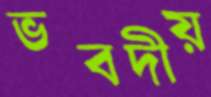
ভবদীয়